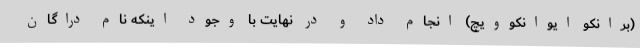
(برانکو ایوانکوویچ) انجام داد و در نهایت با وجود اینکه نام دراگان